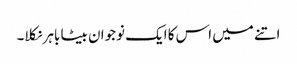
اتنے میں اس کا ایک نوجوان بیٹا باہر نکلا۔